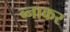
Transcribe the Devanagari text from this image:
ब्नाकर